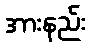
အားနည်း